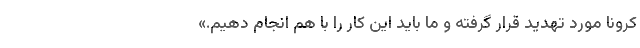
کرونا مورد تهدید قرار گرفته و ما باید این کار را با هم انجام دهیم.»